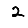
Digit: 2